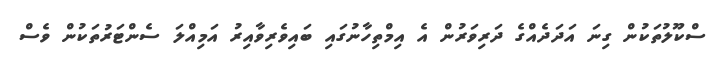
ސްކޫލުތަކުން ގިނަ އަދަދެއްގެ ދަރިވަރުން އެ އިމްތިހާނުގައި ބައިވެރިވާއިރު އަމިއްލަ ސެންޓަރުތަކުން ވެސް